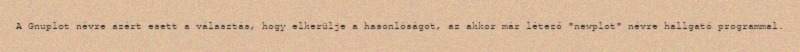
A Gnuplot névre azért esett a választás, hogy elkerülje a hasonlóságot, az akkor már létező "newplot" névre hallgató programmal.